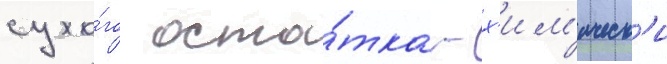
сухо́го оста́тка - х'им'ическ'и